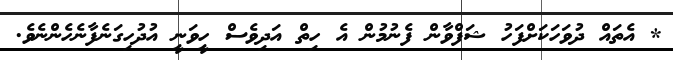
* އެތައް ދުވަހަކަށްފަހު ޝަފްވާން ފެނުމުން އެ ހިތް އަދިވެސް ހީވަނީ އުދުހިގަނެފާނެހެންނެވެ.